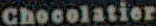
Chocolatier